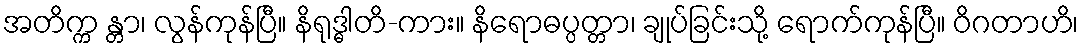
အတိက္က န္တာ၊ လွန်ကုန်ပြီ။ နိရုဒ္ဓါတိ-ကား။ နိရောဓပ္ပတ္တာ၊ ချုပ်ခြင်းသို့ ရောက်ကုန်ပြီ။ ဝိဂတာဟိ၊